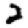
Digit: 2